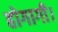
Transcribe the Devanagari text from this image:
होगागी।